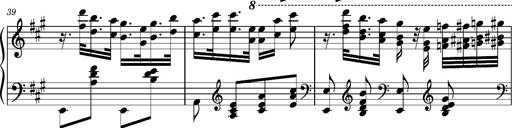
Title: Ungarischer Romanzero
Composer: Franz Liszt